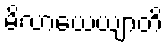
မိလာယေယျာတိ